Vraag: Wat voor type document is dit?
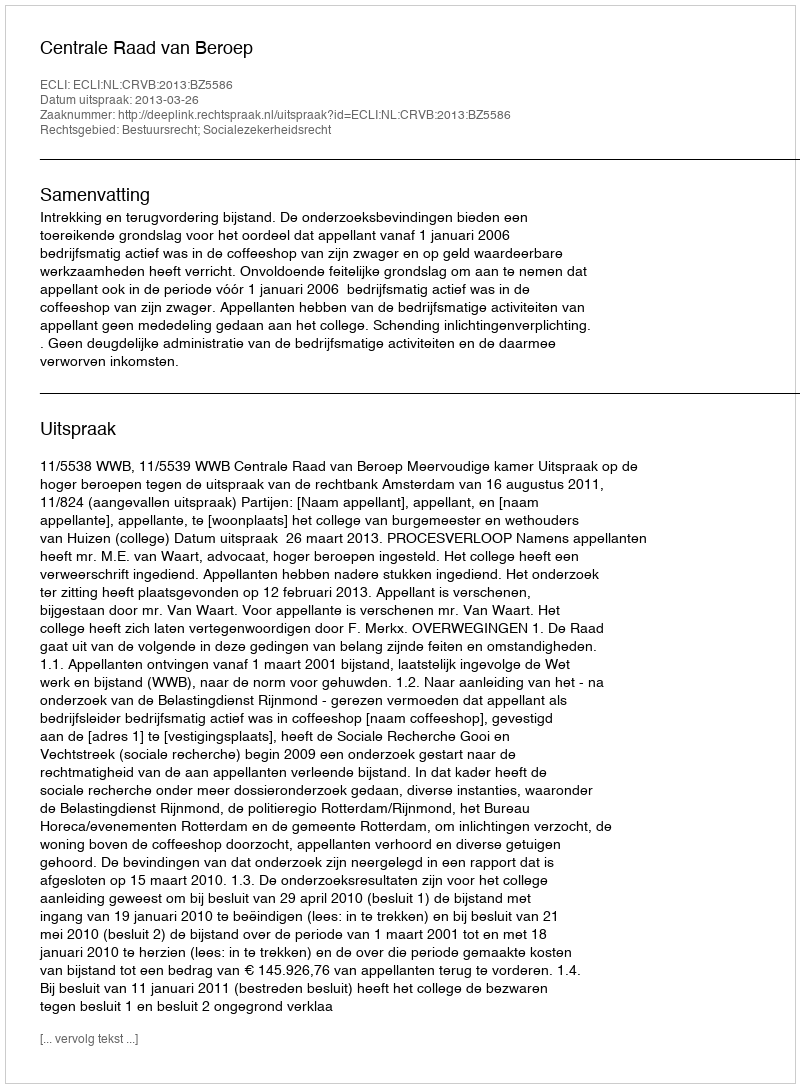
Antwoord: Uitspraak